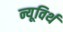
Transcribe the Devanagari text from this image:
न्यूविर्थ